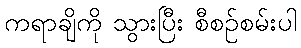
ကရာချိကို သွားပြီး စီစဉ်စမ်းပါ